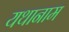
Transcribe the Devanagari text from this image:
यथानाम